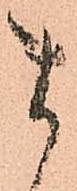
ま